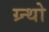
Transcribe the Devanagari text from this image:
ग्र्न्थो